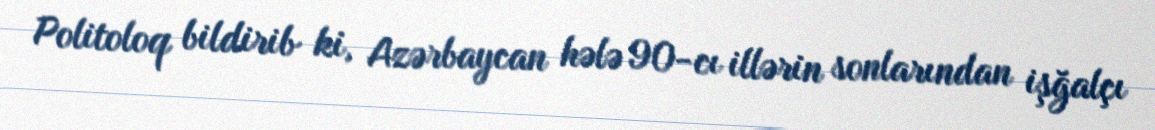
Politoloq bildirib ki, Azərbaycan hələ 90-cı illərin sonlarından işğalçı